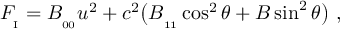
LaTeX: { \cal F } _ { _ \mathrm { I } } = B _ { _ { 0 0 } } u ^ { 2 } + c ^ { 2 } \big ( B _ { _ { 1 1 } } \cos ^ { 2 } \theta + B \sin ^ { 2 } \theta \big ) \ ,